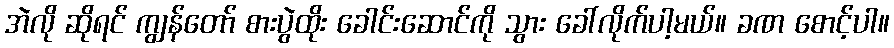
အဲလို ဆိုရင် ကျွန်တော် စားပွဲထိုး ခေါင်းဆောင်ကို သွား ခေါ်လိုက်ပါ့မယ်။ ခဏ စောင့်ပါ။